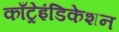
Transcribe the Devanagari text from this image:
काँट्रेइंडिकेशन